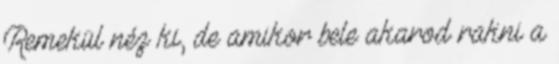
Remekül néz ki, de amikor bele akarod rakni a